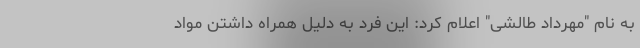
به نام "مهرداد طالشی" اعلام کرد: این فرد به دلیل همراه داشتن مواد